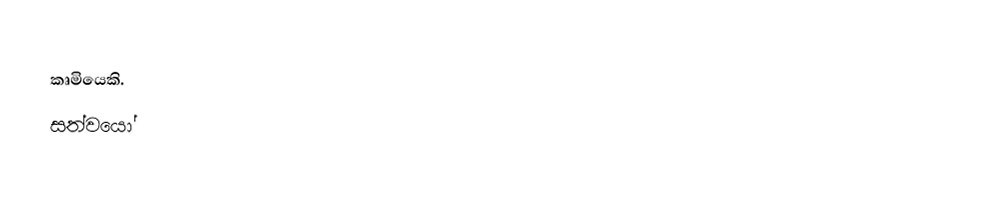
කෘමියෙකි.
සත්වයෝ